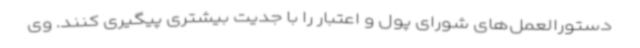
دستورالعمل‌های شورای پول و اعتبار را با جدیت بیشتری پیگیری کنند. وی